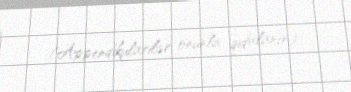
(Appendikularilər onunla qidalanır).